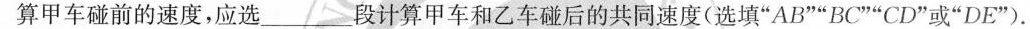
算甲车碰前的速度，应选___段计算甲车和乙车碰后的共同速度(选填”AB””BC””CD”或”DE”).